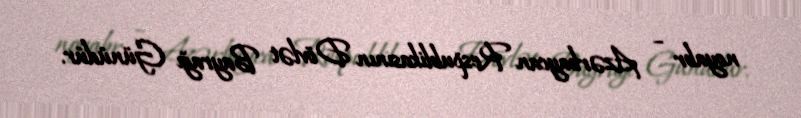
noyabr – Azərbaycan Respublikasının Dövlət Bayrağı Günüdür.